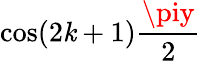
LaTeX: \cos(2\mathit{k}+1){\frac{{\piy}}{{2}}}